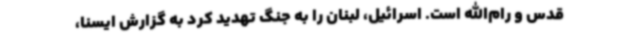
قدس و رام‌الله است. اسرائیل، لبنان را به جنگ تهدید کرد به گزارش ایسنا،